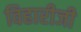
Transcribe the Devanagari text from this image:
विहारीजी